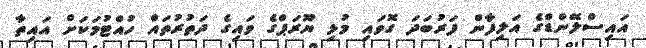
އައިސްލޭންޑްގެ އަލިފާން ފަރުބަދަ ގޮވައި މުޅި ޔޫރަޕްގެ ވައިގެ ދަތުރުތައް ހުއްޓުމަކަށް އައިތާ